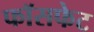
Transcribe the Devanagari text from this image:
फॉसफेट